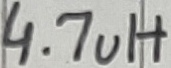
Text: 4.7uH